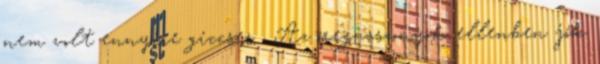
nem volt ennyire giccses . Az öregasszonyok ellenben jók